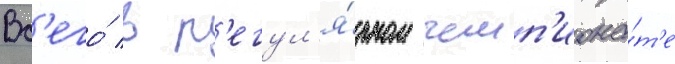
Вс'его́ в р'егул'я́рном чемп'иона́т'е